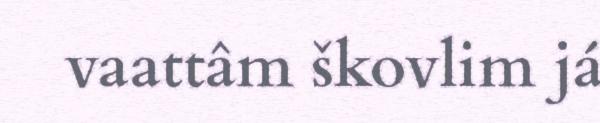
vaattâm škovlim já